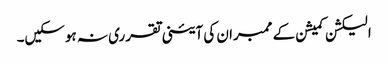
الیکشن کمیشن کے ممبران کی آئینی تقرری نہ ہوسکیں۔